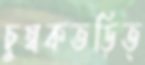
চুম্বকতড়িত্